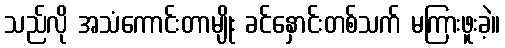
သည်လို အသံကောင်းတာမျိုး ခင်နှောင်းတစ်သက် မကြားဖူးခဲ့။